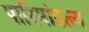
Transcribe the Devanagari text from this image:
पारिमांडल्य